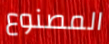
المصنوع